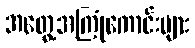
အတွေ့အကြုံကောင်းများ